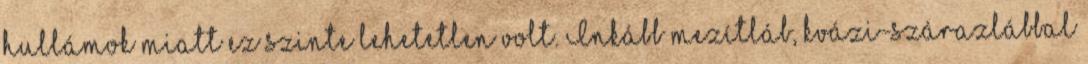
hullámok miatt ez szinte lehetetlen volt. Inkább mezítláb, kvázi-szárazlábbal